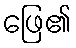
ဖြေ၏